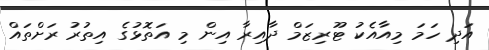
އަދި ހަމަ މިއާއެކު ޓޫރިޒަމް ދާއިރާ އިން މި އަތޮޅުގެ އިތުރު ރަށްތައް